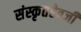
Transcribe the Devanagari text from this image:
संस्कृतऐवजी